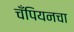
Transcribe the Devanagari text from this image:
चँपियनचा